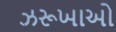
ઝરૂખાઓ